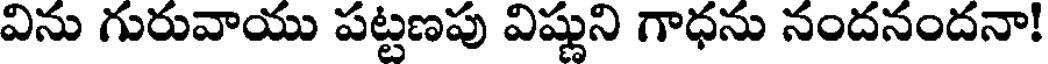
విను గురువాయు పట్టణపు విష్ణుని గాధను నందనందనా!